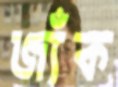
জ্যঁক